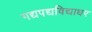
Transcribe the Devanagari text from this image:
गद्यपद्यविद्याधर